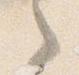
之